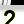
Digit: 2